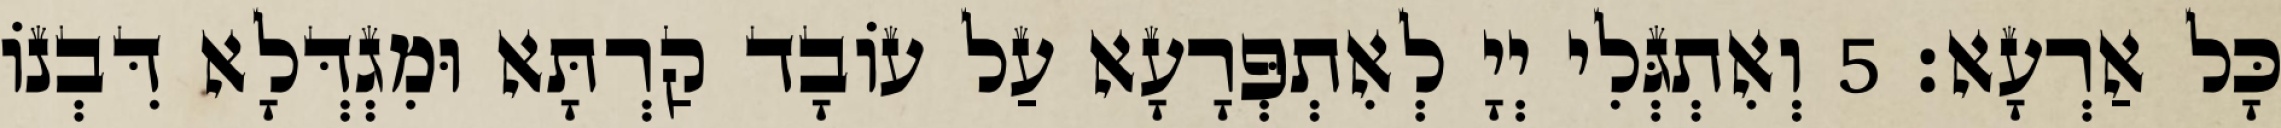
כָּל אַרְעָא׃ 5 וְאִתְגְּלִי יְיָ לְאִתְפְּרָעָא עַל עוֹבָד קַרְתָּא וּמִגְדְּלָא דִּבְנוֹ